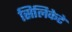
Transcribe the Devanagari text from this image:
सिलिकेटे